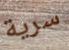
سرية